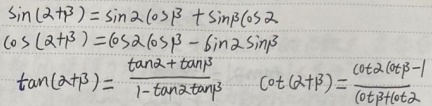
\(\sin(\alpha + \beta)=\sin\alpha\cos\beta+\sin\beta\cos\alpha\)
\(\cos(\alpha + \beta)=\cos\alpha\cos\beta-\sin\alpha\sin\beta\)
\(\tan(\alpha + \beta)=\frac{\tan\alpha+\tan\beta}{1 - \tan\alpha\tan\beta}\)
\(\cot(\alpha + \beta)=\frac{\cot\alpha\cot\beta - 1}{\cot\beta+\cot\alpha}\)